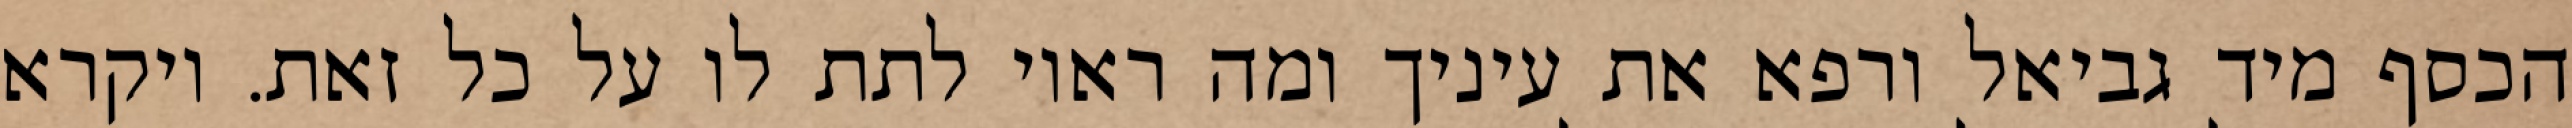
הכסף מיד גביאל ורפא את עיניך ומה ראוי לתת לו על כל זאת. ויקרא